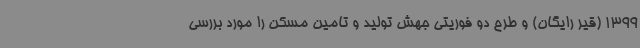
1399 (قیر رایگان) و طرح دو فوریتی جهش تولید و تامین مسکن را مورد بررسی